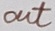
Text: out